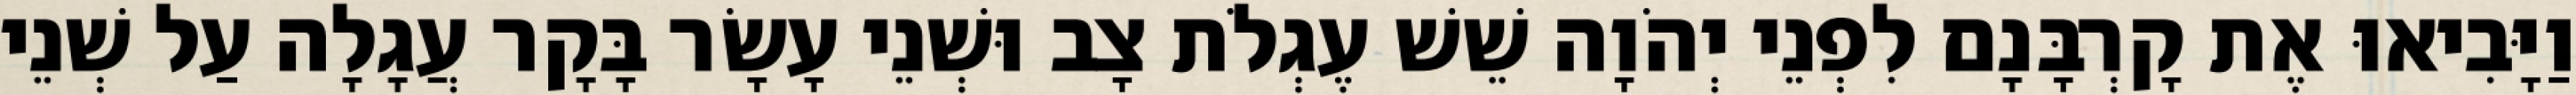
וַיָּבִיאוּ אֶת קָרְבָּנָם לִפְנֵי יְהֹוָה שֵׁשׁ עֶגְלֹת צָב וּשְׁנֵי עָשָׂר בָּקָר עֲגָלָה עַל שְׁנֵי